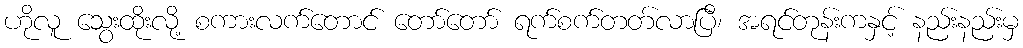
ဟိုလူ သွေးထိုးလို့ စကားလက်တောင် တော်တော် ရက်စက်တတ်လာပြီ၊ အရင်တုန်းကနှင့် နည်းနည်းမှ